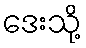
ဒေးသို့